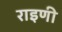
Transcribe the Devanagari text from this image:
राइणी